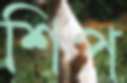
শিপ